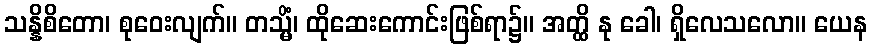
သန္နိစိတော၊ စုဝေးလျက်။ တသ္မိံ၊ ထိုဆေးကောင်းဖြစ်ရာ၌။ အတ္ထိ နု ခေါ၊ ရှိလေသလော။ ယေန